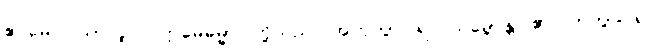
ဧဝမေဝ၊ သာလျှင်။ ဣမေဓမ္မာ၊ တို့သည်။ အဟုတွာ၊ ၍။ သမ္ဘောန္တိ၊ ၏။ ဟုတွာ၊ ၍။